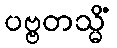
ပဗ္ဗတသ္မိံ